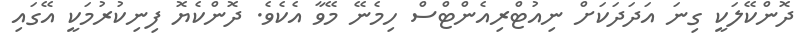
ދޮންކޭލަކީ ގިނަ އަދަދަކަށް ނިއުޓްރިއެންޓްސް ހިމެނޭ މޭވާ އެކެވެ. ދޮންކެޔޮ ފިނިކުރުމަކީ އޭގައި